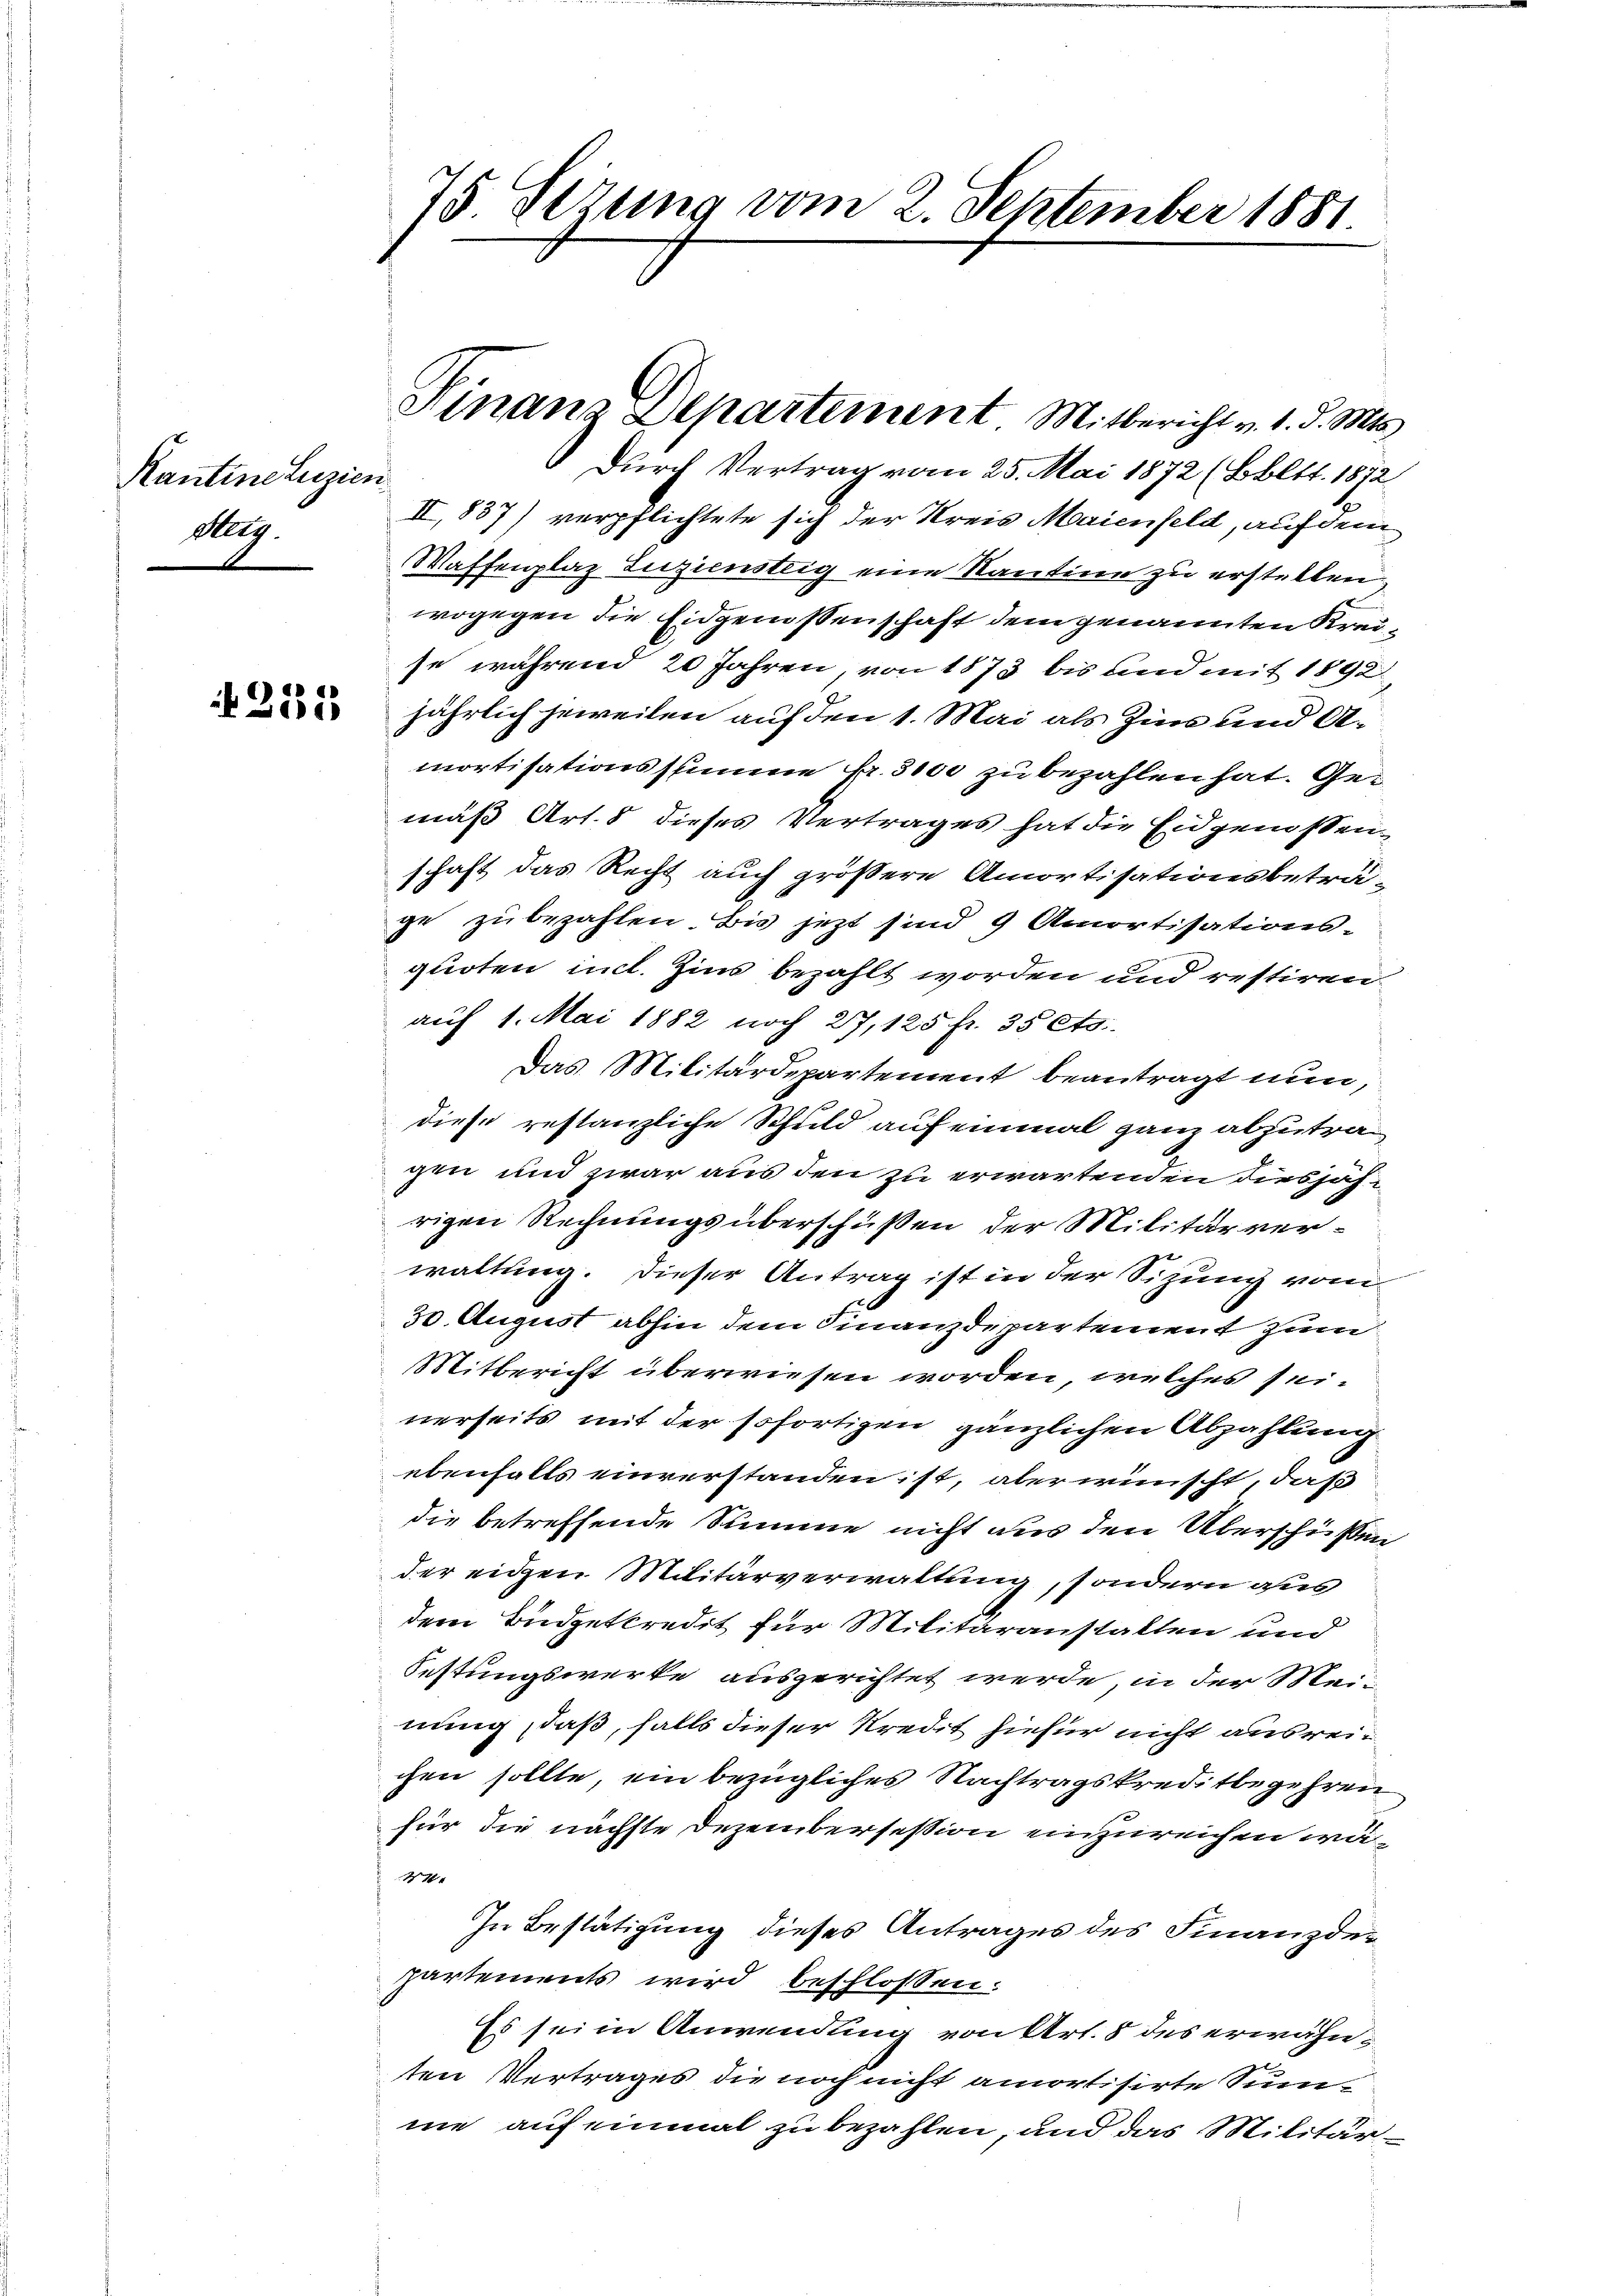
Kantine Luzien
Alg.

75 Stzung vom 2. September 1881

Durch Vertrag vom 25. Mai 1872 (Bbltt. 1872
II,837) verpflichtete sich der Kreis Maienfeld, auf dem
Waffenplaz Liziensteig eine Kantine zu erstellen,
wogegen die Eidgenossenschaft dem genannten Kreise während 20 Jahren, von 1873 bis und mit 1892.
 jährlich jeweilen auf den 1. Mai als Zins und Amortisationssumme Fr. 3100 zu bezahlen hat. Gemäß Art. 8 dieses Vertrages hat die Eidgenossenschaft das Recht auch größere Amortisationsbeträ-
ge zubezahlen. Bis jetzt sind 9 Amortisations-
quoten incl. Zins bezahlt worden und restiren
auf 1. Mai 1882 noch 27, 125 fr. 35 Cts.
Das Militärdepartement beantragt nun,
diese restanzliche Schuld auf einmal ganz abzutragen und zwar aus den zu erwartenden diesjährigen Rechnungsüberschüßen der Militärverwaltung. Dieser Antrag ist in der Sitzung vom
30. August abhin dem Finanzdepartement zum
Mitbericht überwiesen worden, welches seinerseits mit der sofortigen gänzlichen Abzahlung
ebenfalls einverstanden ist, aber wünscht, daß
die betreffende Summe nicht aus den Überschüßen
der eigen Militärverwaltung, sondern aus
dem Büdgetkredit für Militäranstalten und
Festungswerke ausgerichtet werde, in der Mei-
nung, daß, falls dieser Kredit hiefür nicht ausreichen sollte, ein bezügliches Nachtragskreditbegehren
für die nächste Dezembersession einzureichen wä¬
7
In Bestätigung dieses Antrages des Finanzdepartements wird beschlossen:
Es sei in Anwendung von Art. 8 des erwähnten Vertrages die noch nicht amortisirte Sumne auf einmal zu bezahlen, und das Militär

Finanz-Departement Mitbericht v. 1. d. Mts.